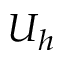
U _ { h }